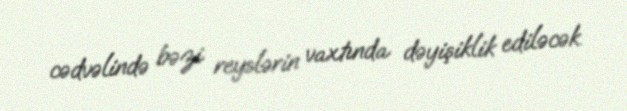
cədvəlində bəzi reyslərin vaxtında dəyişiklik ediləcək.